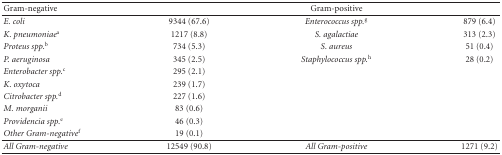
<table><thead><tr><td><b>Gram-negative</b></td><td></td><td><b>Gram-positive</b></td><td></td></tr></thead><tbody><tr><td><i>E. coli </i></td><td>9344 (67.6)</td><td><i>Enterococcus spp.</i><sup>g</sup></td><td>879 (6.4)</td></tr><tr><td><i>K. pneumoniae</i><sup>a</sup></td><td>1217 (8.8)</td><td><i>S. agalactiae</i></td><td>313 (2.3)</td></tr><tr><td><i>Proteus spp.</i><sup>b</sup></td><td>734 (5.3)</td><td><i>S. aureus</i></td><td>51 (0.4)</td></tr><tr><td><i>P. aeruginosa </i></td><td>345 (2.5)</td><td><i>Staphylococcus spp.</i><sup>h</sup></td><td>28 (0.2)</td></tr><tr><td><i>Enterobacter spp.</i><sup>c</sup></td><td>295 (2.1)</td><td></td><td></td></tr><tr><td><i>K. oxytoca</i></td><td>239 (1.7)</td><td></td><td></td></tr><tr><td><i>Citrobacter spp.</i><sup>d</sup></td><td>227 (1.6)</td><td></td><td></td></tr><tr><td><i>M. morganii</i></td><td>83 (0.6)</td><td></td><td></td></tr><tr><td><i>Providencia spp.</i><sup>e</sup></td><td>46 (0.3)</td><td></td><td></td></tr><tr><td><i>Other Gram-negative</i><sup>f</sup></td><td>19 (0.1)</td><td></td><td></td></tr><tr><td><i>All Gram-negative</i></td><td>12549 (90.8)</td><td><i>All Gram-positive</i></td><td>1271 (9.2)</td></tr></tbody></table>